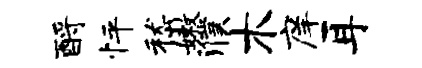
酹怦嵇嫩濮木庠耳